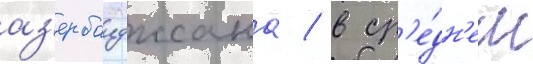
аз'ербаиджана / в ср'е́дн'ем